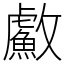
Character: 䱷